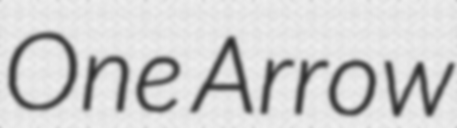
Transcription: One Arrow